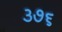
૩૭૬